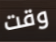
وقت